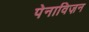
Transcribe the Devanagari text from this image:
पेनाविज़न